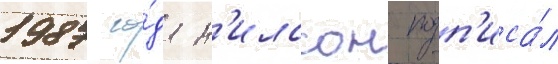
1987 го́да н'илссон подп'иса́л